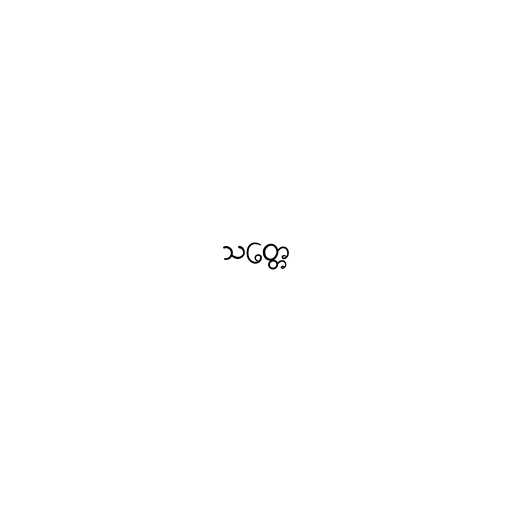
သတ္တေ